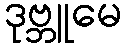
ဒုဗ္ဘူမေ